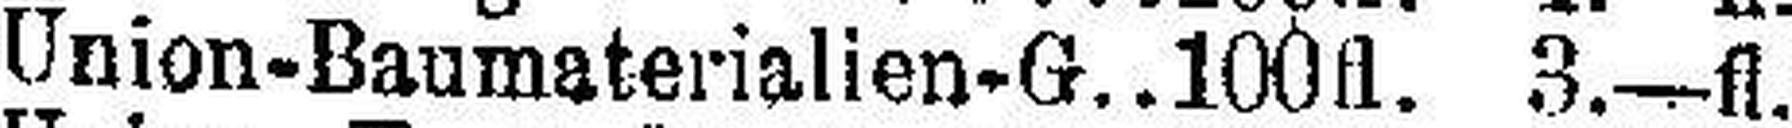
Union-Baumaterialien-G. 100fl. 3.—fl.